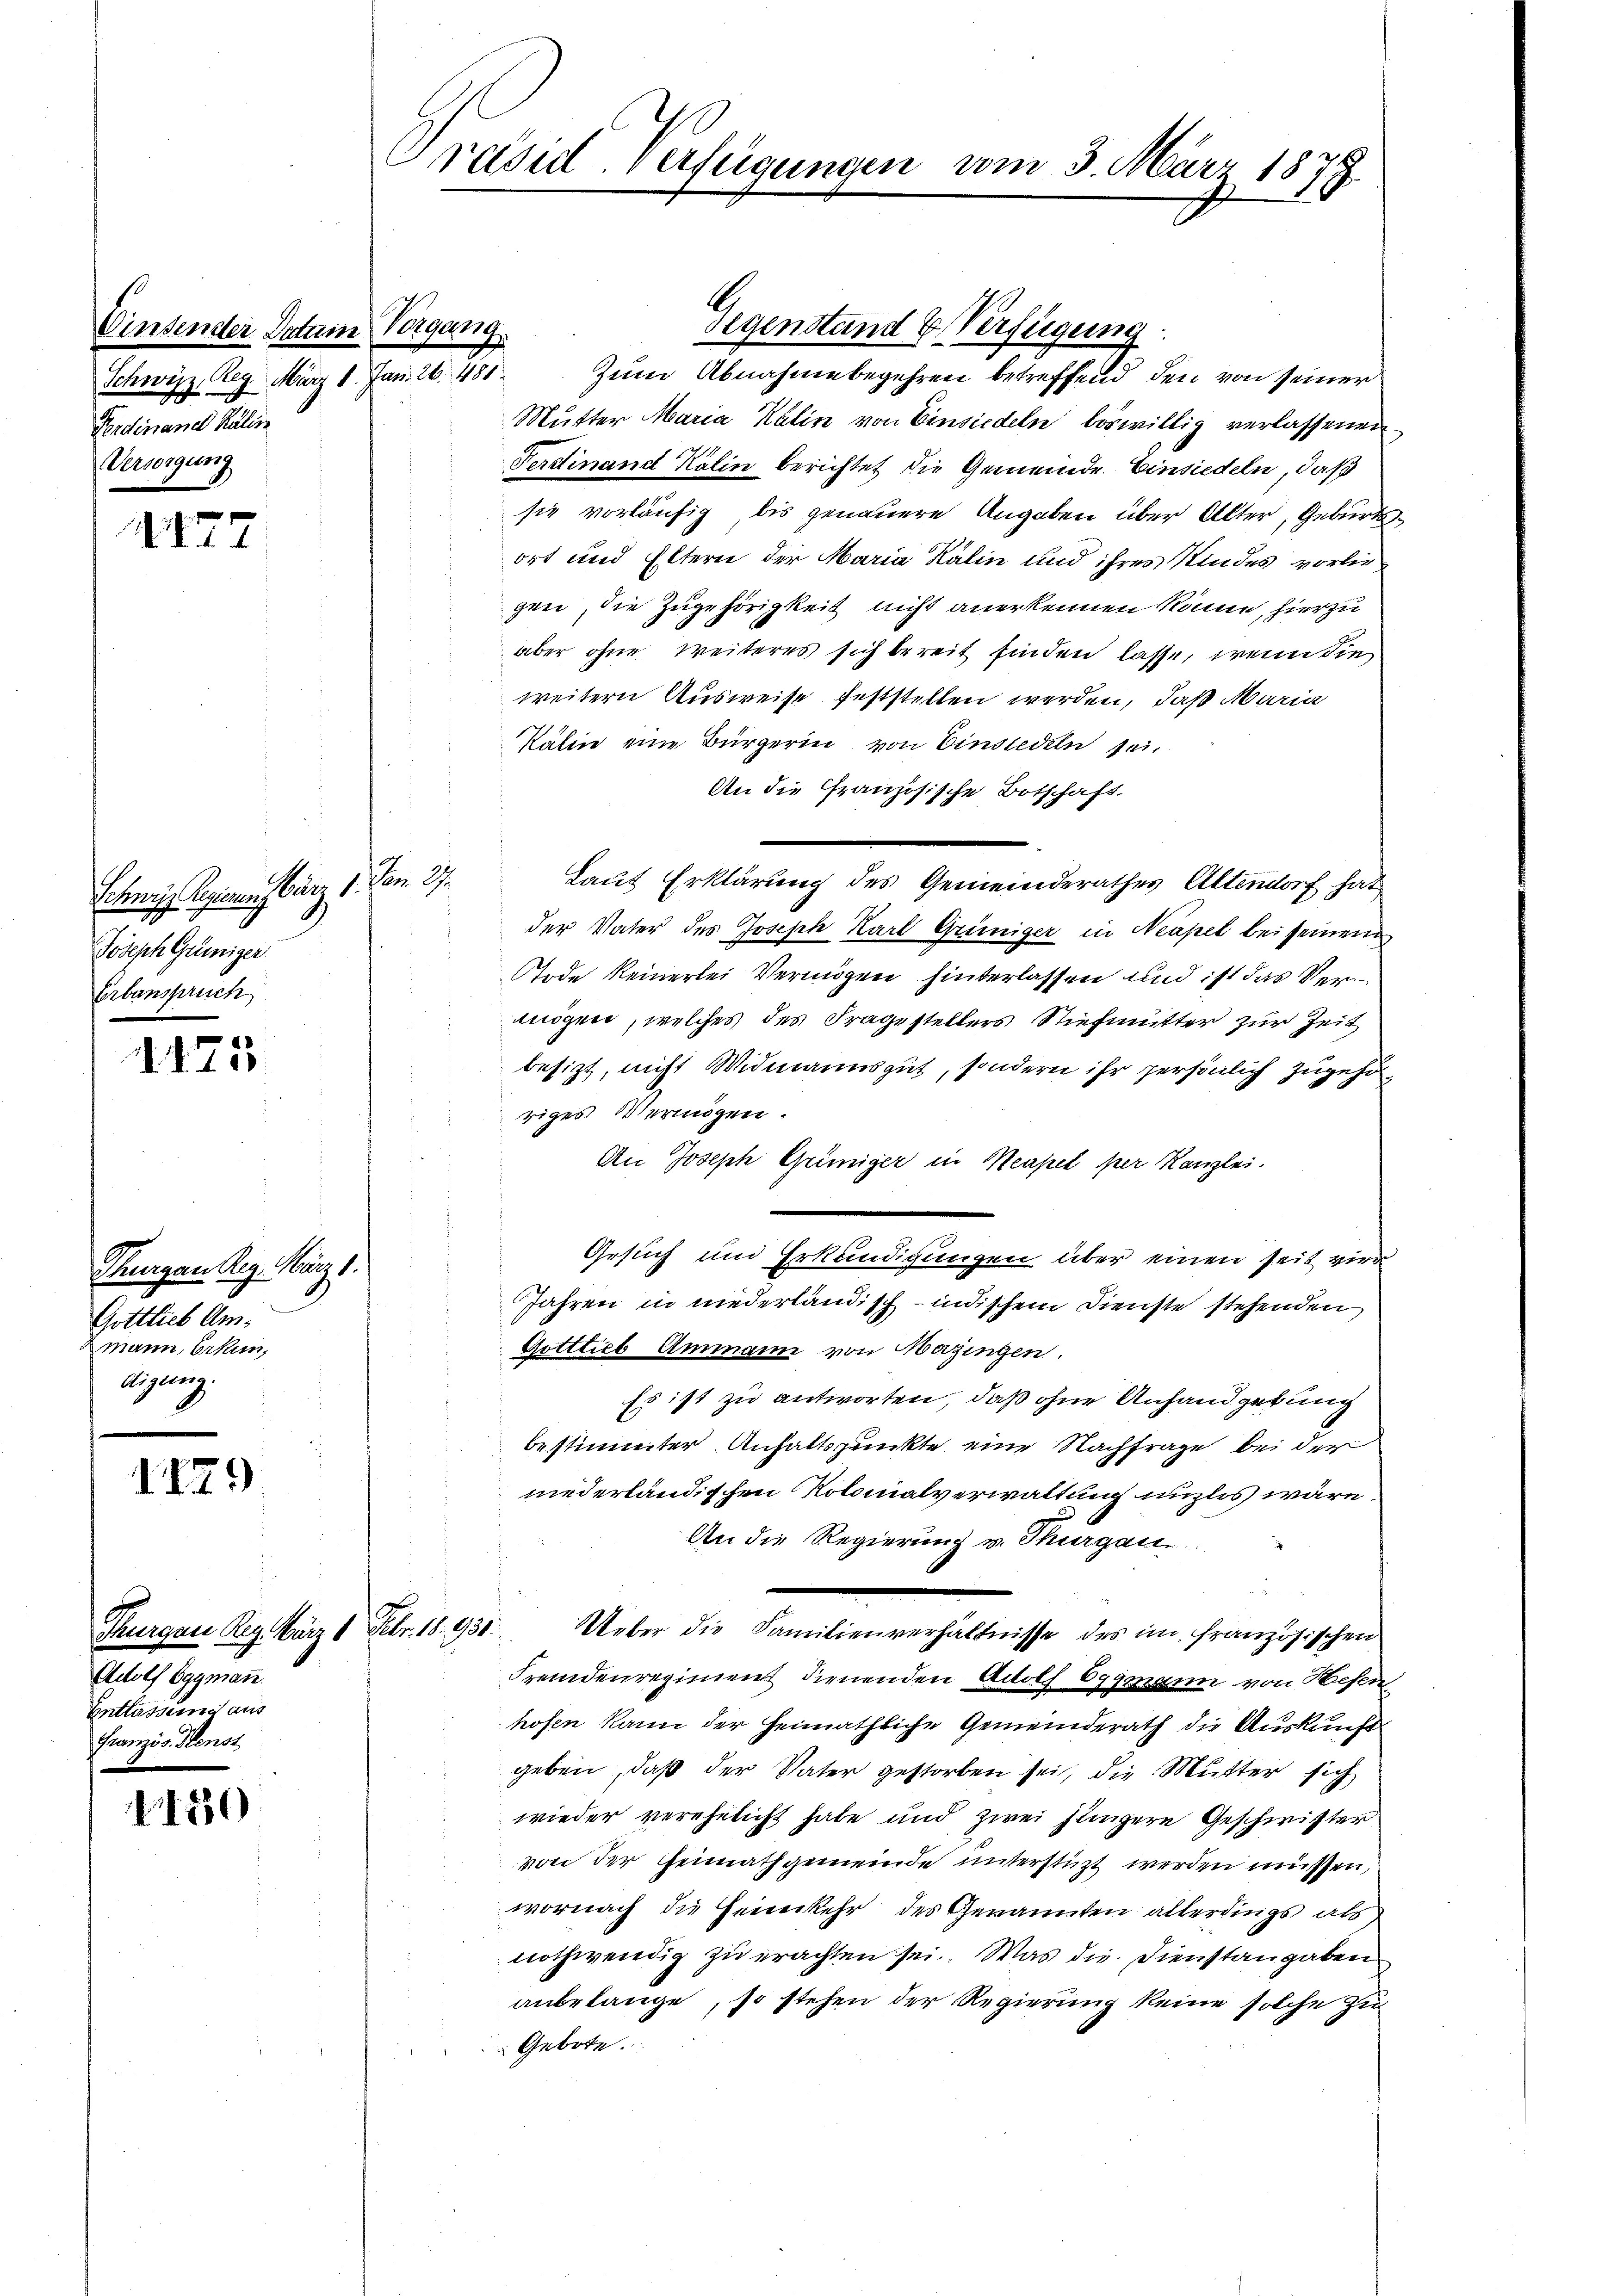
Einsender Datum 1.
Schweiz, Reg. März 1. Jan.

Ferdinand Kalin
Versorgung

I27

Schwyz Regierung bärz 1. Jan. 27.
Joseph Grüniger
Erbanspruch

d
d. d. 100.

Thurgau Reg. März 1.
Gottlieb Ammann, Erkun
digung.

19

4430

Turgen Reg. März 1. Febr. 18. 931.
Beholf Eggmann
Entlassung aus
Französ. Henst

Präsid. verfügungen vom 3. März 1878

481.

Gegenstand & Verfügung
2
Zum Abnahmebegehren betreffend, den von seiner
Mutter Maria Kalin von Einsiedeln böswillig verlassenen
Ferdinand Kälin berichtet die Gemeinde. Einsiedeln, daß
sie vorläufig bis genauere Angaben über Alter, Geburtsort und Eltern der Maria Kälin und ihres Kindes vorliegen, die Zugehörigkeit nicht anerkennen könne, hierzu
aber ohne weiteres sich bereit finden lasse, wenn die
weitern Ausweise feststellen werden, daß Maria
Kälin eine Bürgerin von Einsiedeln sei.
An die Französische Botschaft.
Laut Erklärung des Gemeinderathes Altendorf hat
der Vater des Joseph Karl Grüniger in Neapel bei seinem
ode keinerlei Vermögen hinterlassen und ist das Vermögen, welches des Fragestellers Stiefmutter zur Zeit
besizt, nicht Widmannsgut, sondern ihr persönlich zugehöriges Vermögen.
An Joseph Grüniger in Neapel per Kanzlei.
Gesuch und Erkundigungen über einen seit vier
Jahren in niederländisch-indischem Dienste stehenden
Gottlieb Ammann von Mazingen.
Es ist zu antworten, daß ohne Anhandgebung
bestimmter Anhaltspunkte eine Nachfrage bei der
niederländischen Kolonialverwaltung unzlos wäre
An die Regierung v. Thurgau.
n
Ueber die Familienverhältnisse des im französischen
Fremdenregiment dienenden Adolf Oggmann von Hesen
hofen kann der Heimathliche Gemeinderath die Auskunft
geben, daß der Vater gestorben sei, die Mutter sich
wieder verehelicht habe und zwei Jüngere Geschwister
von der Heimathgemeinde unterstüzt werden müssen,
wornach die Heimkehr des Genannten allerdings als
nothwendig zu erachten sei. Was die Dienstangaben
anbelange, so stehen der Regierung keine solche zu
Gebote